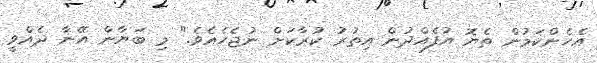
އެހެންކަމުން ތެޔޮ އުފެއްދުން އިތުރު ކުރާކަށް ނުޖެހެއެވެ." މި ބަޔާން އޭނާ ދެއްވީ